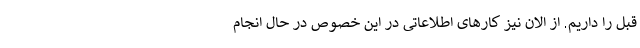
قبل را داریم. از الان نیز کارهای اطلاعاتی در این خصوص در حال انجام